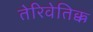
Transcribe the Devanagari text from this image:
तेरिवेतिक्क